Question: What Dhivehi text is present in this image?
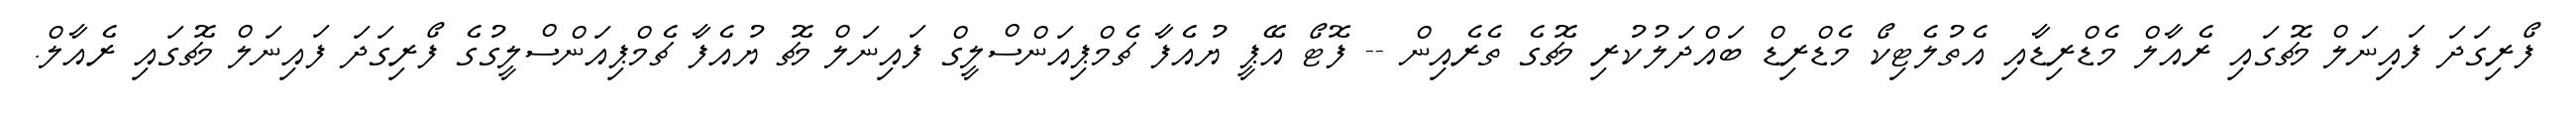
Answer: ފޯރިގަދަ ފައިނަލް މެޗުގައި ރެއާލް މެޑްރިޑާއި އެތުލެޓިކޯ މެޑްރިޑް ބައްދަލުކުރި މެޗުގެ ތެރެއިން -- ފޮޓޯ އޭޕީ ޔުއެފާ ޗެމްޕިއަންސްލީގް ފައިނަލް މެޗު ޔުއެފާ ޗެމްޕިއަންސްލީގުގެ ފޯރިގަދަ ފައިނަލް މެޗުގައި ރެއާލް.